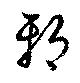
邪